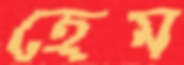
হেম